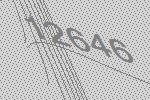
12646